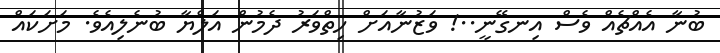
ބުނާ އެއްޗެއް ވެސް އިނގޭނީ..! ވަޒުނާއަށް ހިތްވަރު ދެމުން އަލްޔާ ބުނެލިއެވެ. މަށަކައް